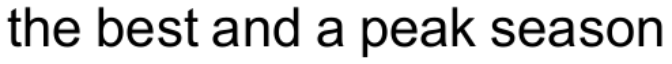
the best and a peak season